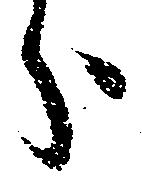
分